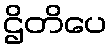
ဌိတိပေ